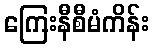
ကြေးနီစီမံကိန်း